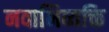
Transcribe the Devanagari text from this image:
नवाभिव्यक्ति